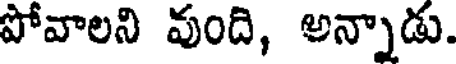
పోవాలని వుంది, అన్నాడు.